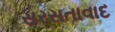
સરસતાવાદ